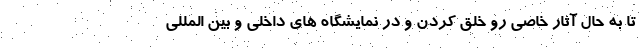
تا به حال آثار خاصی رو خلق کردن و در نمایشگاه های داخلی و بین المللی